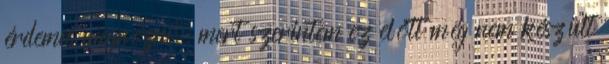
érdemes megnézni, mert szerintem ez előtt még nem készült